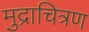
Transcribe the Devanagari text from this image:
मुद्राचित्रण